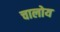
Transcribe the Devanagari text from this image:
चालोय